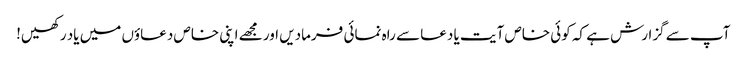
آپ سے گزارش ہے کہ کوئی خاص آیت یا دعا سے راہ نمائی فرمادیں اور مجھے اپنی خاص دعاؤں میں یاد رکھیں!